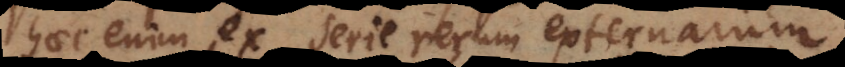
haec enim ex serie rerum externarum